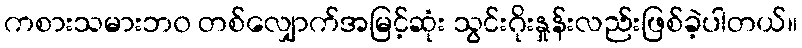
ကစားသမားဘ၀ တစ်လျှောက်အမြင့်ဆုံး သွင်းဂိုးနှုန်းလည်းဖြစ်ခဲ့ပါတယ်။